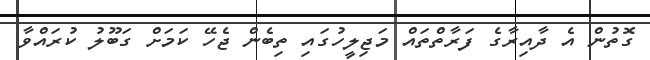
ގޮތުން އެ ދާއިރާގެ ފަރާތްތައް މަޖިލީހުގައި ތިބެން ޖެހޭ ކަމަށް ގަބޫލު ކުރައްވާ